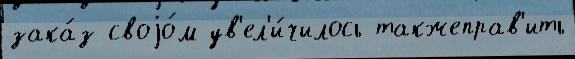
зака́з своjо́м ув'ел'и́чилось такжеправ'ить